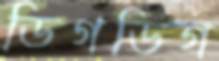
ডিগডিগ